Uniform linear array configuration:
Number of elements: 8
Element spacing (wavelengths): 1
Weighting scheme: hann
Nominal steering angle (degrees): -60
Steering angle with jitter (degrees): -60.26
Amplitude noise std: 0.05
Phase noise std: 0.05

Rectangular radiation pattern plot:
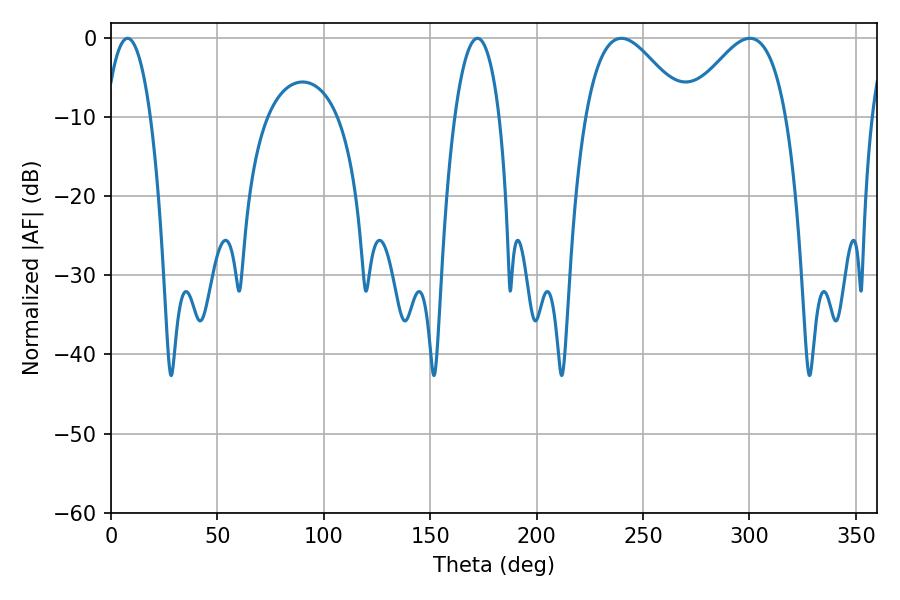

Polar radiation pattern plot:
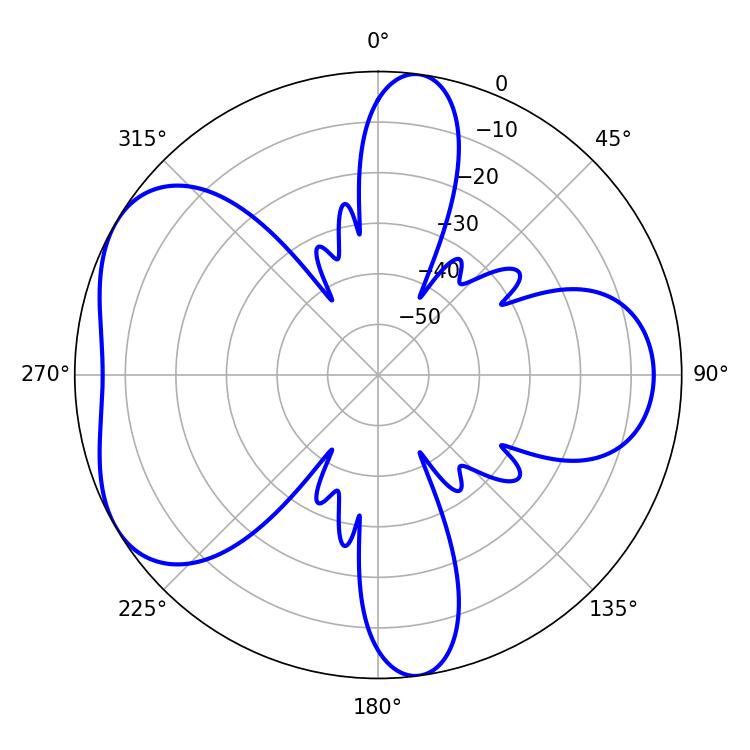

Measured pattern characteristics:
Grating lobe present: TRUE
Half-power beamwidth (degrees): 25.38
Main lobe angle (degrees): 239.76